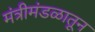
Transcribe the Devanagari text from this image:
मंत्रीमंडळातून